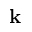
\mathbf { k }